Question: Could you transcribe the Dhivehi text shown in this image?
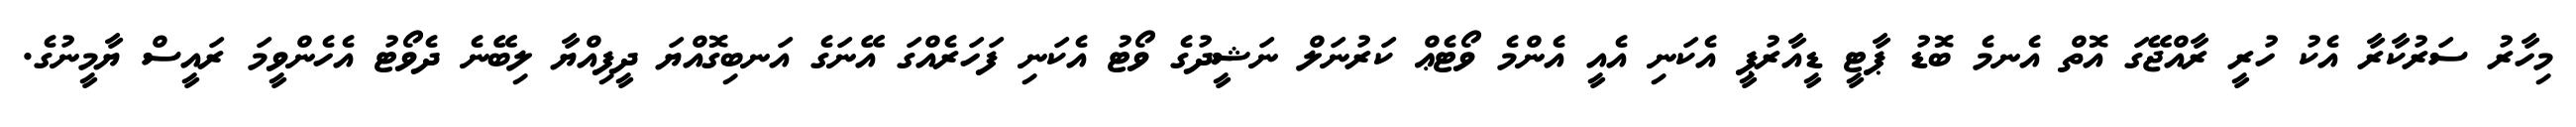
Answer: މިހާރު ސަރުކާރާ އެކު ހުރީ ރާއްޖޭގަ އޮތް އެނމެ ބޮޑު ޕާޓީ ޑީއާރުޕީ އެކަނި އެއީ އެންމެ ވޯޓެޢް ކަރުނަލް ނަޝީދުގެ ވޯޓު އެކަނި ފަހަރެއްގަ އޭނަގެ އަނބިގޮއްޔަ ދީފިއްޔާ ލިބޭނެ ދެވޯޓު އެހެންވީމަ ރައީސް ޔާމީނުގެ.